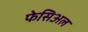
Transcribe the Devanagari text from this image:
फेसिअल